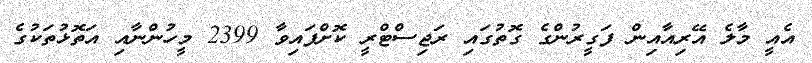
އެއީ މާލެ އޭރިއާއިން ފަގީރުންގެ ގޮތުގައި ރަޖިސްޓްރީ ކޮށްފައިވާ 2399 މީހުންނާއި އަތޮޅުތަކުގެ